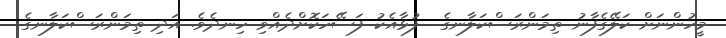
މީހުންނަށް ކަލޭގެފާނު ތިމަންރަސްކަލާނގެ  ފުޅާއެކު ފަސޭހަކޮށްދެއްވި ހިނދެވެ. އަދި ތިމަންރަސްކަލާނގެ